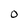
Character: O